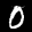
Label: 0